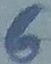
Text: 6